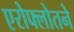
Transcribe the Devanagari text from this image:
एरोफ्लोतने